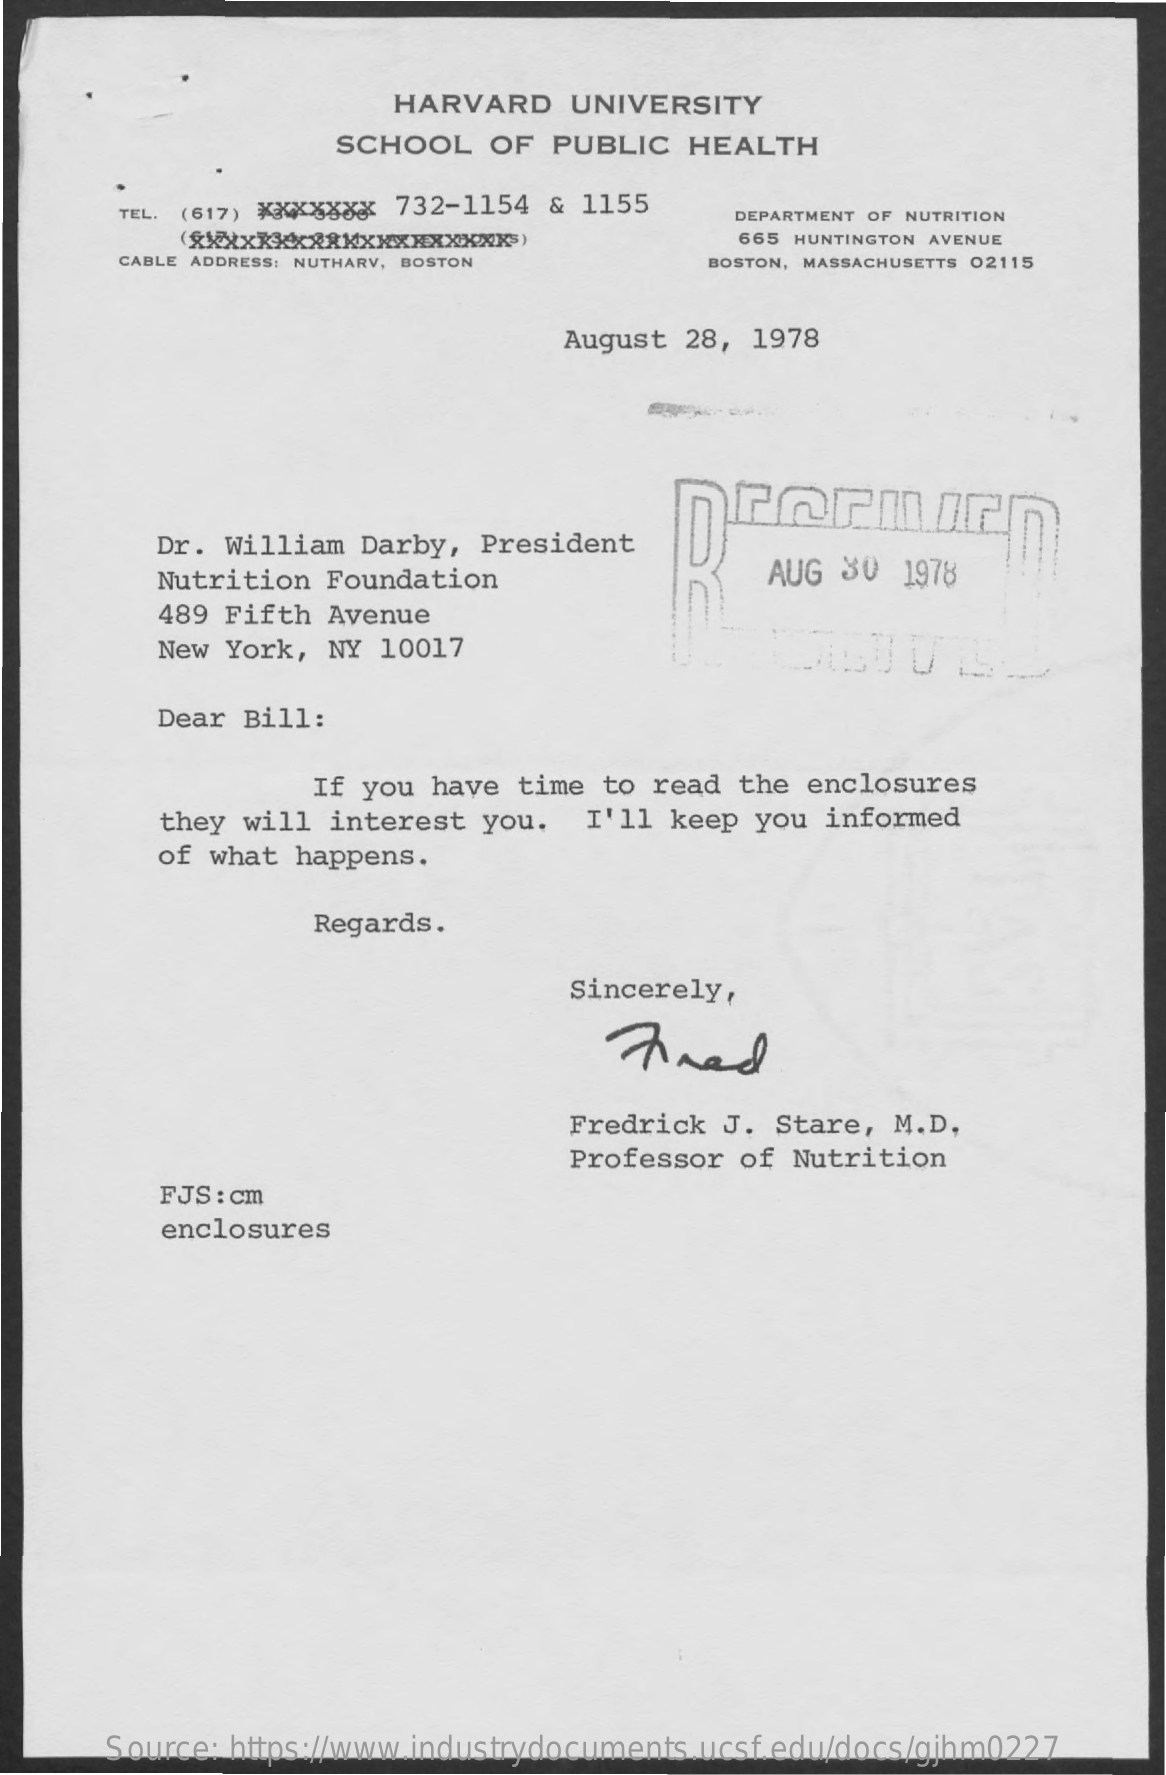
HARVARD   UNIVERSITY
     SCHOOL   OF  PUBLIC   HEALTH
     TEL. (617) XXXXXXX 732-1154 & 1155
     DEPARTMENT OF NUTRITION
     665 HUNTINGTON AVENUE
     CABLE ADDRESS: NUTHARV, BOSTON    BOSTON, MASSACHUSETTS 02115
     August  28, 1978
     rermich
     Dr. William Darby,  President
     Nutrition Foundation    AUG 30  1978
     489 Fifth Avenue
     New York, NY  10017
     Dear Bill:
     If you have time to read  the enclosures
     they will interest  you.  I'll  keep you informed
     of what happens.
     Regards.
     Sincerely,
     Anad
     Fredrick  J. Stare, M.D.
     Professor  of Nutrition
     FJS : cm
     enclosures
     Source: https://www.industrydocuments.ucsf.edu/docs/gjhm0227